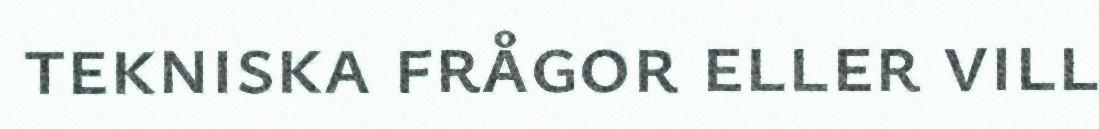
tekniska frågor eller vill